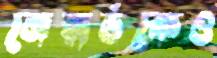
জেরার্ডকেও